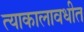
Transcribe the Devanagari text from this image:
त्याकालावधीत